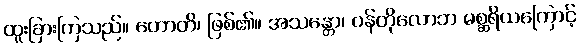
ထူးခြားကြသည်။ ဟောတိ၊ ဖြစ်၏။ အသန္တော၊ ဝန်တိုလောဘ မစ္ဆရိယကြောင့်